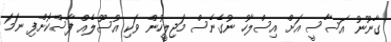
ގާނޫނު އަސާސީ އަށް އިސްލާހު ނުގެނެސް މަޖިލީހުން ވަކި އުސޫލެއް ފާސްކޮށްފި ނަމަ